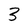
Character: 3